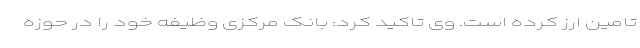
تامین ارز کرده است. وی تاکید کرد: بانک مرکزی وظیفه خود را در حوزه